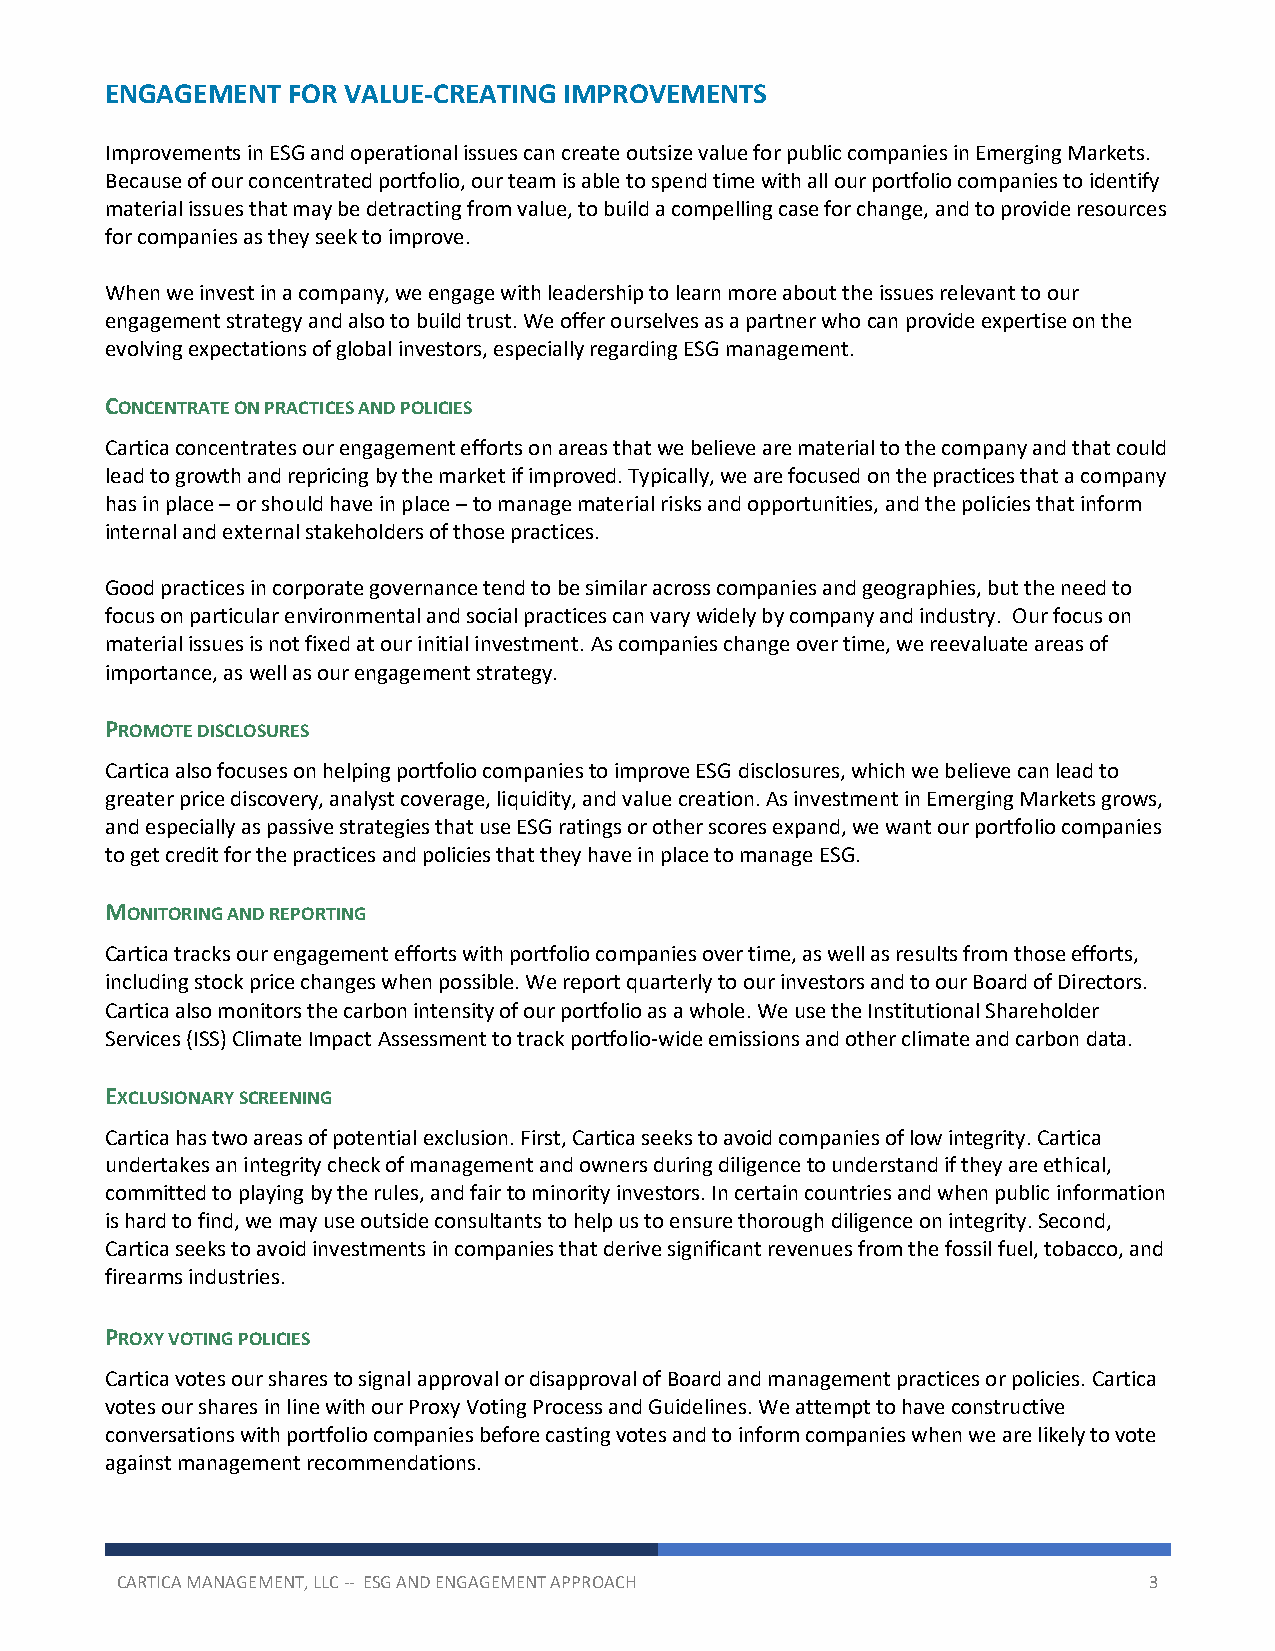
ENGAGEMENT  FOR VALUE-CREATING IMPROVEMENTS
 Improvements in ESG and operational issues can create outsize value for public companies in Emerging Markets.
 Because of our concentrated portfolio, our team is able to spend time with all our portfolio companies to identify
 material issues that may be detracting from value, to build a compelling case for change, and to provide resources
 for companies as they seek to improve.
 When we invest in a company, we engage with leadership to learn more about the issues relevant to our
 engagement strategy and also to build trust. We offer ourselves as a partner who can provide expertise on the
 evolving expectations of global investors, especially regarding ESG management.
 CONCENTRATE ON PRACTICES AND POLICIES
 Cartica concentrates our engagement efforts on areas that we believe are material to the company and that could
 lead to growth and repricing by the market if improved. Typically, we are focused on the practices that a company
 has in place – or should have in place – to manage material risks and opportunities, and the policies that inform
 internal and external stakeholders of those practices.
 Good practices in corporate governance tend to be similar across companies and geographies, but the need to
 focus on particular environmental and social practices can vary widely by company and industry. Our focus on
 material issues is not fixed at our initial investment. As companies change over time, we reevaluate areas of
 importance, as well as our engagement strategy.
 PROMOTE DISCLOSURES
 Cartica also focuses on helping portfolio companies to improve ESG disclosures, which we believe can lead to
 greater price discovery, analyst coverage, liquidity, and value creation. As investment in Emerging Markets grows,
 and especially as passive strategies that use ESG ratings or other scores expand, we want our portfolio companies
 to get credit for the practices and policies that they have in place to manage ESG.
 MONITORING AND REPORTING
 Cartica tracks our engagement efforts with portfolio companies over time, as well as results from those efforts,
 including stock price changes when possible. We report quarterly to our investors and to our Board of Directors.
 Cartica also monitors the carbon intensity of our portfolio as a whole. We use the Institutional Shareholder
 Services (ISS) Climate Impact Assessment to track portfolio-wide emissions and other climate and carbon data.
 EXCLUSIONARY SCREENING
 Cartica has two areas of potential exclusion. First, Cartica seeks to avoid companies of low integrity. Cartica
 undertakes an integrity check of management and owners during diligence to understand if they are ethical,
 committed to playing by the rules, and fair to minority investors. In certain countries and when public information
 is hard to find, we may use outside consultants to help us to ensure thorough diligence on integrity. Second,
 Cartica seeks to avoid investments in companies that derive significant revenues from the fossil fuel, tobacco, and
 firearms industries.
 PROXY VOTING POLICIES
 Cartica votes our shares to signal approval or disapproval of Board and management practices or policies. Cartica
 votes our shares in line with our Proxy Voting Process and Guidelines. We attempt to have constructive
 conversations with portfolio companies before casting votes and to inform companies when we are likely to vote
 against management recommendations.
 CARTICA MANAGEMENT, LLC -- ESG AND ENGAGEMENT APPROACH              3